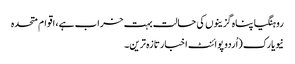
روہنگیا پناہ گزینوں کی حالت بہت خراب ہے، اقوام متحدہ
نیویارک (اُردو پوائنٹ اخبارتازہ ترین۔